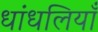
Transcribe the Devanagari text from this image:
धांधलियाँ